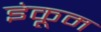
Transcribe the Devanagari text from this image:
इंकूम